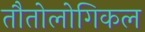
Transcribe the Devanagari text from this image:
तौतोलोगिकल